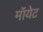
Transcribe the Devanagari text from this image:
मॉयेट